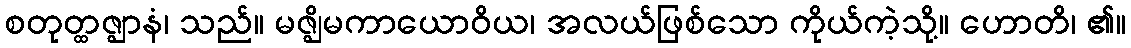
စတုတ္ထဇ္ဈာနံ၊ သည်။ မဇ္ဈိမကာယောဝိယ၊ အလယ်ဖြစ်သော ကိုယ်ကဲ့သို့။ ဟောတိ၊ ၏။